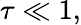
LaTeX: \tau\ll 1,